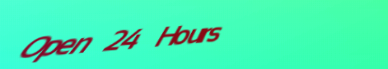
Open 24 Hours